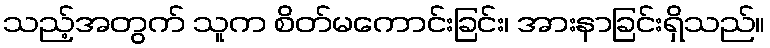
သည့်အတွက် သူက စိတ်မကောင်းခြင်း၊ အားနာခြင်းရှိသည်။